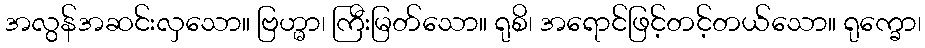
အလွန်အဆင်းလှသော။ ဗြဟ္မာ၊ ကြီးမြတ်သော။ ရုစိ၊ အရောင်ဖြင့်တင့်တယ်သော။ ရုက္ခော၊